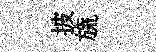
披旒